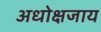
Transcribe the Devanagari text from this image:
अधोक्षजाय